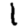
Digit: 1